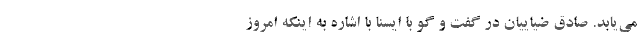
می‌یابد. صادق ضیاییان در گفت و گو با ایسنا با اشاره به اینکه امروز